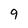
Character: 9